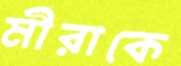
মীরাকে